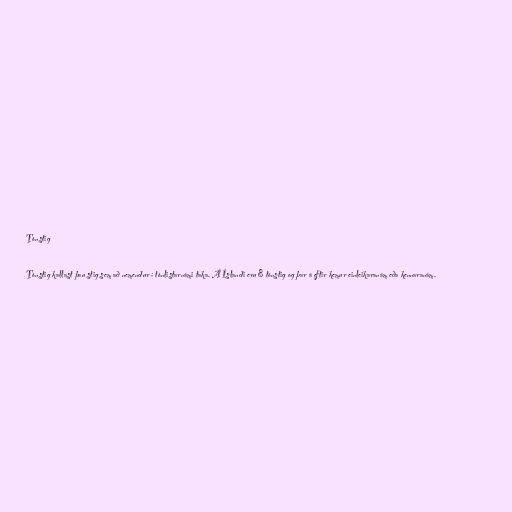
Tónstig

Tónstig kallast þau stig sem að nemendur í tónlistarnámi taka. Á Íslandi eru 8 tónstig og þar á eftir kemur einleikaranám eða kennaranám.